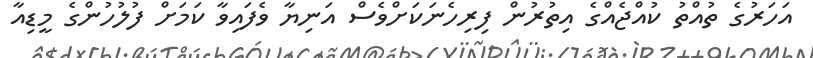
އަހަރުގެ ތުއްތު ކުއްޖެއްގެ އިތުރުން ފިރިހެނަކަށްވެސް އަނިޔާ ވެފައިވާ ކަމަށް ފުލުހުންގެ މީޑިއާ